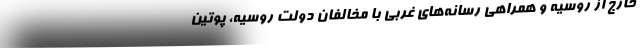
خارج از روسیه و همراهی رسانه‌های غربی با مخالفان دولت روسیه، پوتین